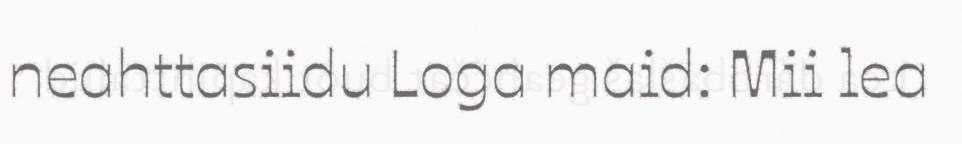
neahttasiidu Loga maid: Mii lea